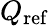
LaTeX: Q_{\mathrm{ref}}